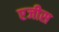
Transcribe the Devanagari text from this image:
एजीस